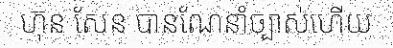
ហ៊ុន សែន បានណែនាំច្បាស់ហើយ